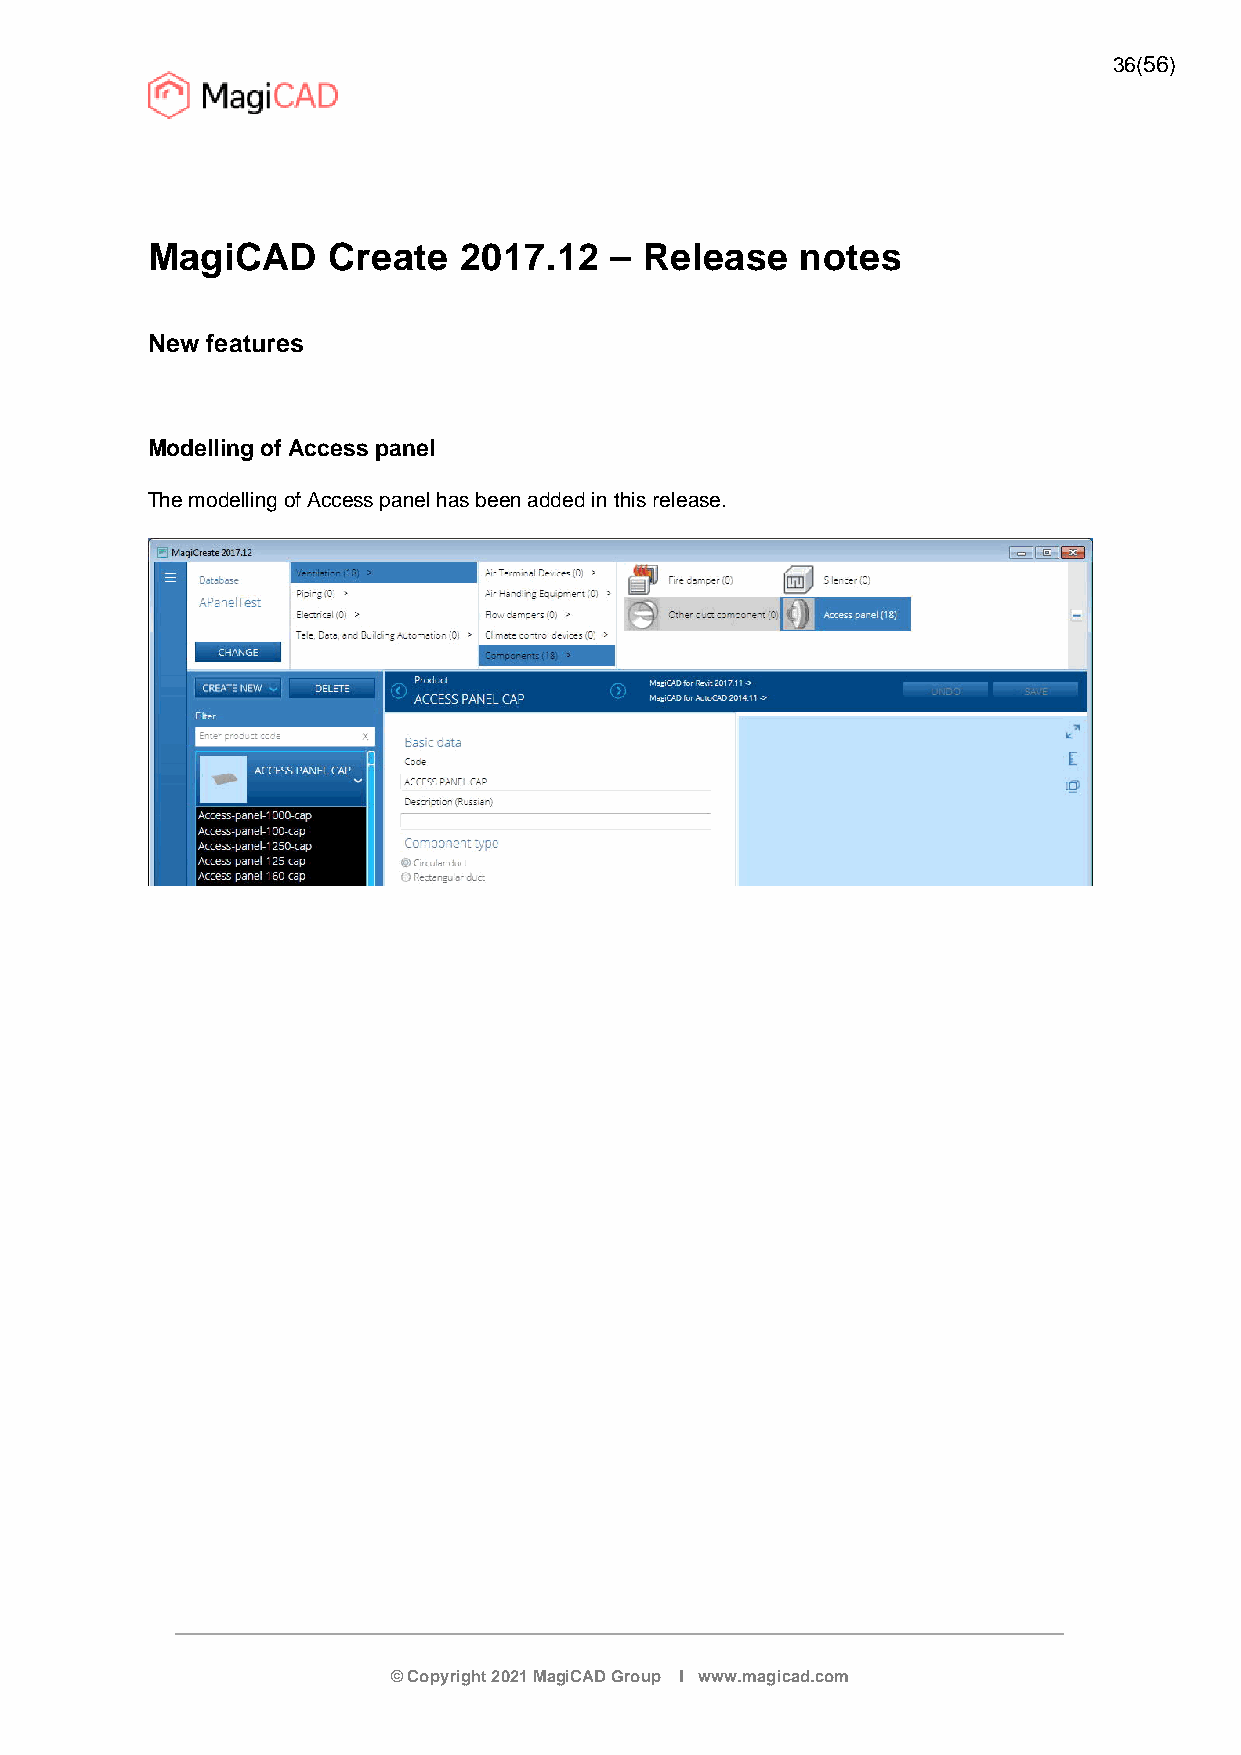
36(56)
 MagiCAD     Create  2017.12   –  Release   notes
 New features
 Modelling of Access panel
 The modelling of Access panel has been added in this release.
 © Copyright 2021 MagiCAD Group I www.magicad.com